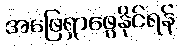
အဖြေရှာဖွေနိုင်ရန်